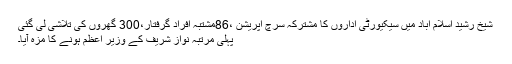
شیخ رشید اسلام آباد میں سیکیورٹی اداروں کا مشترکہ سرچ آپریشن ،86مشتبہ افراد گرفتار،300 گھروں کی تلاشی لی گئی
پہلی مرتبہ نواز شریف کے وزیر اعظم ہونے کا مزہ آیا۔